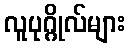
လူပုဂ္ဂိုလ်များ